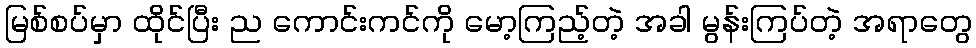
မြစ်စပ်မှာ ထိုင်ပြီး ည ကောင်းကင်ကို မော့ကြည့်တဲ့ အခါ မွန်းကြပ်တဲ့ အရာတွေ